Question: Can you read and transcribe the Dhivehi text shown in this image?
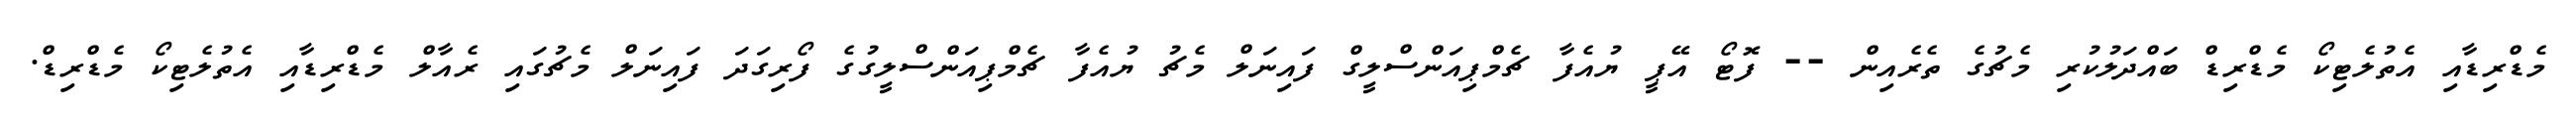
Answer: މެޑްރިޑާއި އެތުލެޓިކޯ މެޑްރިޑް ބައްދަލުކުރި މެޗުގެ ތެރެއިން -- ފޮޓޯ އޭޕީ ޔުއެފާ ޗެމްޕިއަންސްލީގް ފައިނަލް މެޗު ޔުއެފާ ޗެމްޕިއަންސްލީގުގެ ފޯރިގަދަ ފައިނަލް މެޗުގައި ރެއާލް މެޑްރިޑާއި އެތުލެޓިކޯ މެޑްރިޑް.